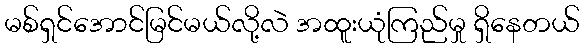
မစ်ရှင်အောင်မြင်မယ်လို့လဲ အထူးယုံကြည်မှု ရှိနေတယ်